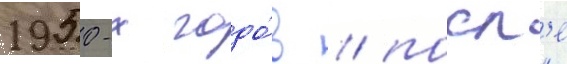
1950-х годо́в / посл'е